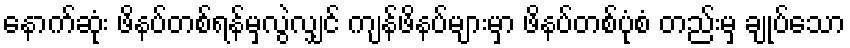
နောက်ဆုံး ဖိနပ်တစ်ရန်မှလွဲလျှင် ကျန်ဖိနပ်များမှာ ဖိနပ်တစ်ပုံစံ တည်းမှ ချုပ်သော